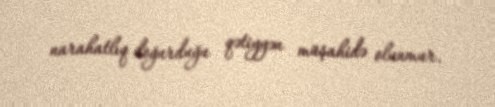
narahatlıq doğurduğu qətiyyən müşahidə olunmur.